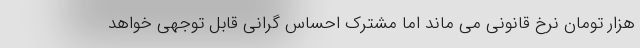
هزار تومان نرخ قانونی می ماند اما مشترک احساس گرانی قابل توجهی خواهد